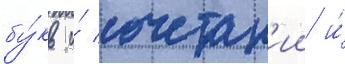
бу́кв и́ сочетан'ии и́